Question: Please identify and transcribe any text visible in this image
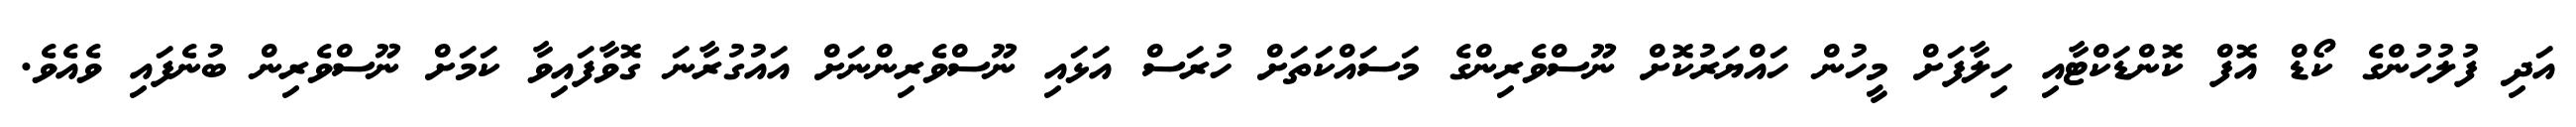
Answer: އަދި ފުލުހުންގެ ކޯޑް އޮފް ކޮންޑަކްޓާއި ހިލާފަށް މީހުން ހައްޔަރުކޮށް ނޫސްވެރިންގެ މަސައްކަތަށް ހުރަސް އަޅައި ނޫސްވެރިންނަށް އައުގުރާނަ ގޮވާފައިވާ ކަމަށް ނޫސްވެރިން ބުނެފައި ވެއެވެ.